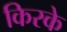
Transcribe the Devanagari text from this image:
किरके